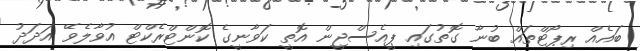
ބައެއް ރިޕޯޓްތައް ބުނާ ގޮތުގައި ޕީއެސްޖީން އޮތީ ކަވާނީގެ ކޮންޓްރެކްޓް އުވާލެވޭ އަދަދު